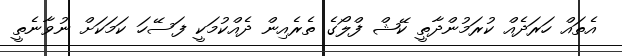
އެތައް ހަރަދެއް ކުރަމުންދާތީ ކޭޝް ފްލޯގެ ތެރެއިން ދެއްކުމަކީ ފަސޭހަ ކަމަކަށް ނުވާނެތީ